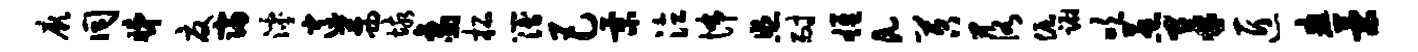
厥同睇夏寝滹逍茜垓象柘簿巴景泣怖照耐雄a苕落倔蹰吹惹柔匠疽策